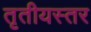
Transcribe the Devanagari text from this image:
तृतीयस्तर